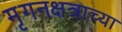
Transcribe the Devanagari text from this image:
मृगनक्षत्राच्या